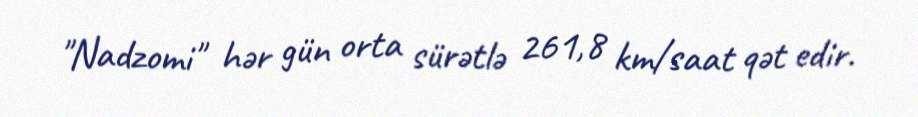
"Nadzomi" hər gün orta sürətlə 261,8 km/saat qət edir.